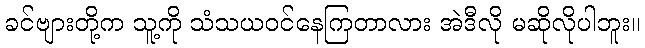
ခင်ဗျားတို့က သူ့ကို သံသယဝင်နေကြတာလား အဲဒီလို မဆိုလိုပါဘူး။